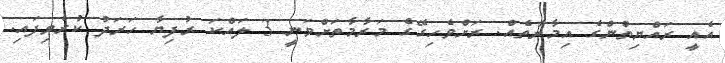
އެއީ ރައްޔިތުންގެ އިމާރާތެއް. ރަށްވެހިގޭގެ މަރާމާތަށްވަނީ 3 ލައްކަ ރުފިޔާ ހަރަދު ކުރެވިފައި.